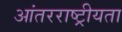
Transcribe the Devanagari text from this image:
आंतरराष्ट्रीयता